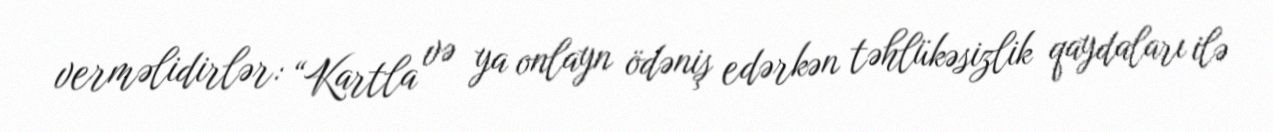
verməlidirlər: “Kartla və ya onlayn ödəniş edərkən təhlükəsizlik qaydaları ilə